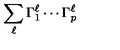
\sum _ { \ell } \Gamma _ { 1 } ^ { \ell } \cdots \Gamma _ { p } ^ { \ell }